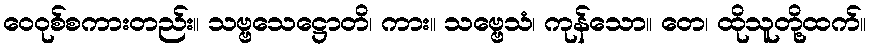
ဝေဝုစ်စကားတည်း။ သဗ္ဗသေဋ္ဌောတိ၊ ကား။ သဗ္ဗေသံ၊ ကုန်သော။ တေ၊ ထိုသူတို့ထက်။